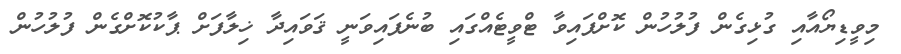
މިވީޑިޔޯއާއި ގުޅިގެން ފުލުހުން ކޮށްފައިވާ ޓްވީޓެއްގައި ބުނެފައިވަނީ ޤަވައިދާ ޚިލާފަށް ޕާކުކޮށްގެން ފުލުހުން